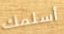
أسلمك